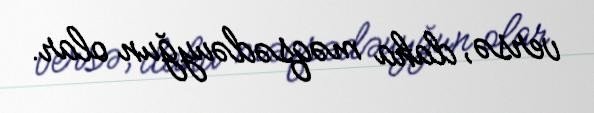
versə, daha məqsədəuyğun olar.